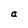
Character: a